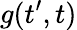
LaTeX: g(t^{\prime},t)